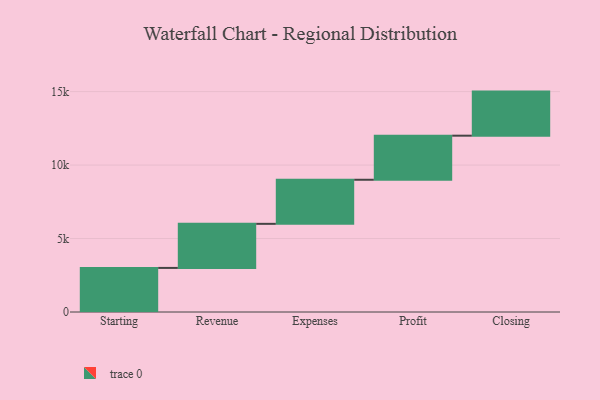
{"axis": {"x": "Step", "y": "Value"}, "legend": [""], "data": [{"x": "Starting", "y": 3000, "type": ""}, {"x": "Revenue", "y": 3000, "type": ""}, {"x": "Expenses", "y": 3000, "type": ""}, {"x": "Profit", "y": 3000, "type": ""}, {"x": "Closing", "y": 3000, "type": ""}]}